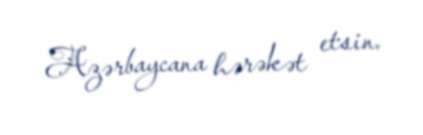
Azərbaycana hərəkət etsin.